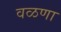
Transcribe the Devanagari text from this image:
वळणा